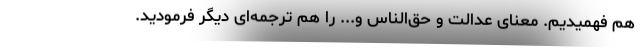
هم فهمیدیم. معنای عدالت و حق‌الناس و... را هم ترجمه‌ای دیگر فرمودید.